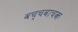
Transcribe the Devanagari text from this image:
वच्चवाचक